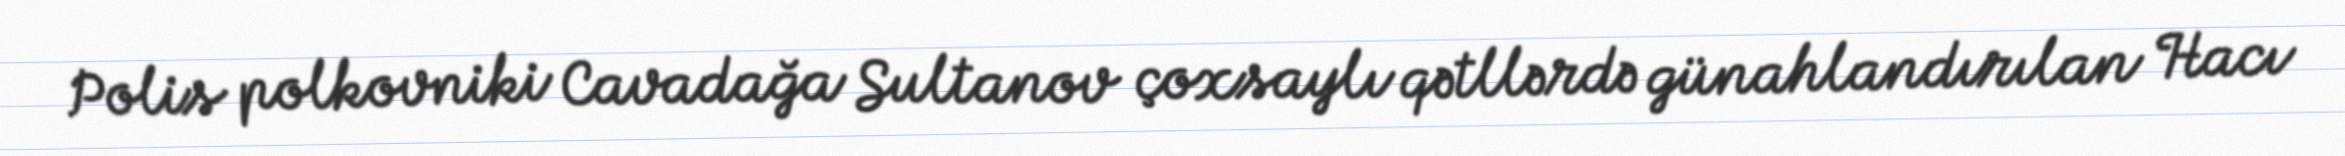
Polis polkovniki Cavadağa Sultanov çoxsaylı qətllərdə günahlandırılan Hacı